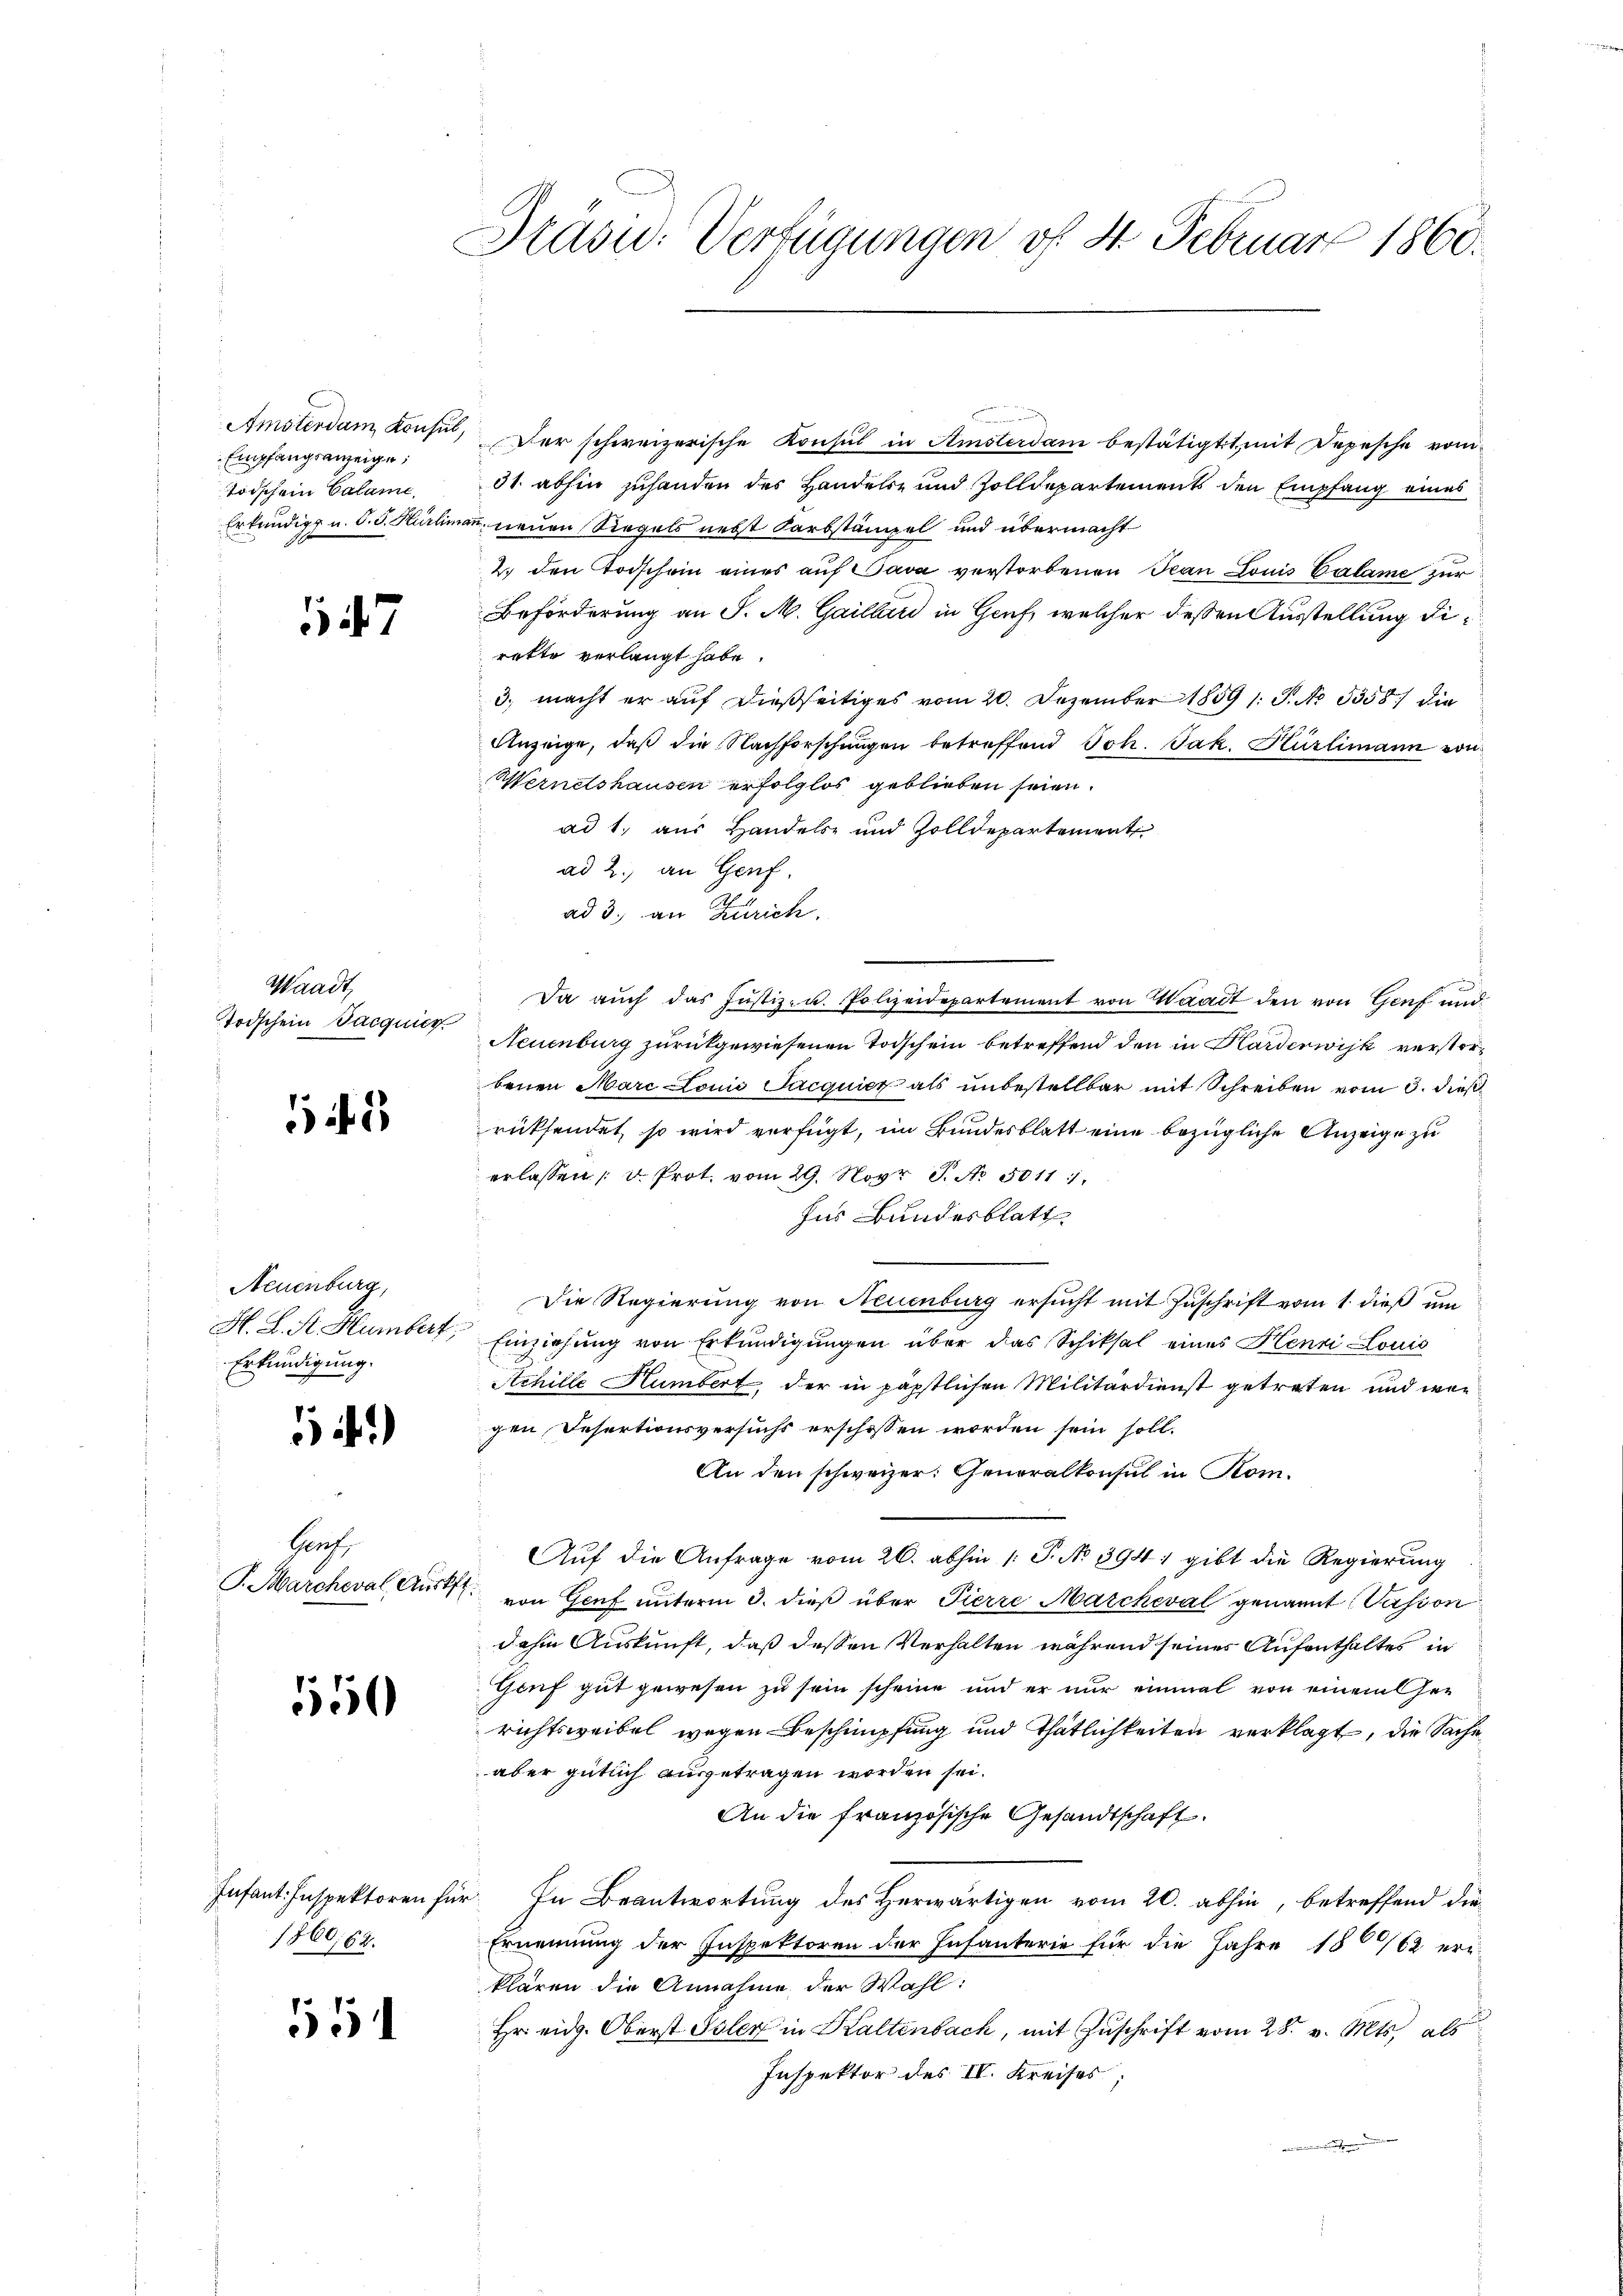
Amsterdam Konsul,
Empfangsanzeige,
toischein Calami
Erkundigt u. O. S. Hürlima

Waadt,
todschein Jacquier

13

Neuenburg,
H. K. A. Humbert,
Erkundigung.

1)

Gruch.
T.Marcheval Auskft.

150

Infant. Inspektoren für
1860, 62.

551

Präsid. Verfügungen vf 4. Februar 1860.

Der schweizerische Konsul in Amsterdam bestätigt, mit Depesche vom
31. abhin zuhanden des Handels- und Zolldepartements den Empfang eines
 neuen Siegels nebst Karbstämpel und übermacht
2. den Todschein eines auf Sava verstorbenen Ivan Louis Calame zur
Beförderung an S. M. Gailler in Genf, welcher dessen Ausstellung dirakte verlangt habe.
3. macht er auf dießseitiges vom 20. Dezember 1859 1. P. No 3358) die
Anzeige, daß die Nachforschungen betreffend Joh. Jak. Hürlimann von
Wernetshausen erfolglos geblieben seien.
ad 1. aus Handels- und Zolldepartement
ad 2.) an Genf.
ad 3., an Zürich.
Da auch das Justiz- u. Polizeidepartement von Waadt den von Genf und
Neuenburg zurückgewiesenen Todschein betreffend den in Harderwisk verstorbenen Harc Louis Jacquicz als unbestellbar mit Schreiben vom 3. dieß
rüksendet, so wird verfügt, im Bundesblatt eine bezügliche Anzeige zu
erlassen, u. Prot. vom 29. Novr J. No. 5011.
für Bundesblatt
Die Regierung von Neuenburg ersucht mit Zuschrift vom 1. dieß um
Einziehung von Erkundigungen über das Schiksal eines Henri Louis
Schille Humbert, der in päpstlichen Militärdienst getreten und wie
gen Desertionsversuchs erschossen worden sein soll.
An den schweizer. Generalkonsul in Kom¬
Auf die Anfrage vom 26. abhin /: P. No 394, gibt die Regierung
von Genf unterm 3. dieß über Pierre Marcheval genannt (Vasson
dahin Auskunft, daß dessen Verhalten während seines Aufenthaltes in
Gouf gut gewesen zu sein scheine und er nur einmal von einem Her
richtsweibel wegen Beschimpfung und Thätlichkeiten verklagt, die Sache
aber gütlich ausgetragen worden sei.
An die französische Gesandtschaft.
 In Beantwortung des Herwärtigen vom 20. abhin, betreffend die
Ernennung der Inspektoren der Infanterie für die Jahre 180/62 er-
klären die Annahme der Wahl:
Hr. eidg. Oberst Isler in Kaltenbach, mit Zuschrift vom 28. v. Mts. als
Inspektor des IV. Kreises;